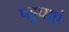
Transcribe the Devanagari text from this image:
पहुचाएं